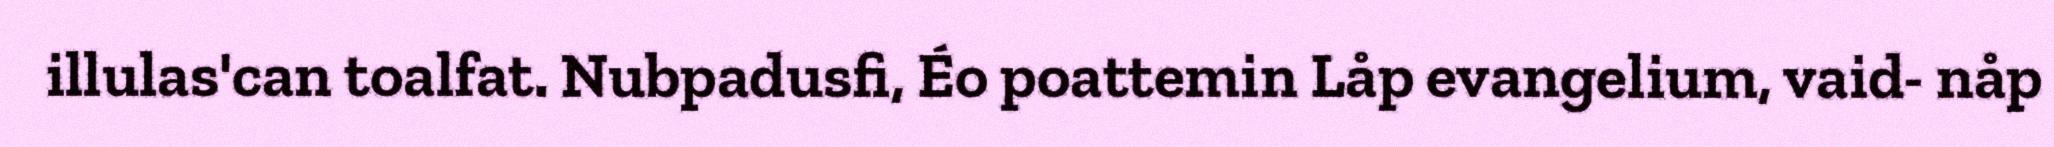
illulas'can toalfat. Nubpadusfi, Éo poattemin Låp evangelium, vaid- nåp